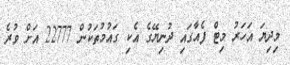
މިދިޔަ އަހަރު މިޓް ފެއާގައި ދުނިޔޭގެ އެކި ގައުމުތަކުން 22777 އަށް ވުރެ